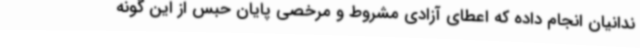
ندانیان انجام داده که اعطای آزادی مشروط و مرخصی پایان حبس از این گونه